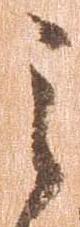
之